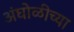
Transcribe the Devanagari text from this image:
अंघोळीच्या